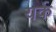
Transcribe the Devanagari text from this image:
यर्क